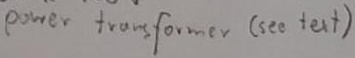
Text: power transformer (see text)